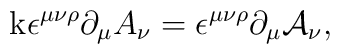
\mathrm{k}\epsilon ^{\mu \nu \rho }\partial _{\mu }A_{\nu }=\epsilon ^{\mu\nu \rho }\partial _{\mu }\mathcal{A}_{\nu },